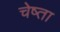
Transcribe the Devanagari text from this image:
चेष्ता